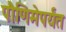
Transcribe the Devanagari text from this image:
पौणिमेपर्यंत